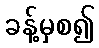
ခန့်မှစ၍